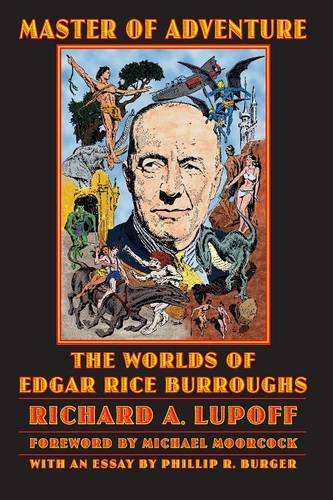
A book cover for Master of Adventure: The Worlds of Edgar Rice Burroughs (Bison Frontiers of Imagination); Richard A. Lupoff; Science Fiction & Fantasy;